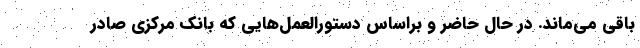
باقی می‌ماند. در حال حاضر و براساس دستورالعمل‌هایی که بانک مرکزی صادر